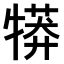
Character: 𤛘